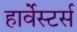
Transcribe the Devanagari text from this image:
हार्वेस्टर्स